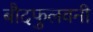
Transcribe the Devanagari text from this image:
बौदफुलवनी